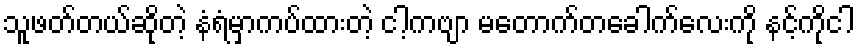
သူဖတ်တယ်ဆိုတဲ့ နံရံမှာကပ်ထားတဲ့ ငါ့ကဗျာ မတောက်တခေါက်လေးကို နင့်ကိုငါ